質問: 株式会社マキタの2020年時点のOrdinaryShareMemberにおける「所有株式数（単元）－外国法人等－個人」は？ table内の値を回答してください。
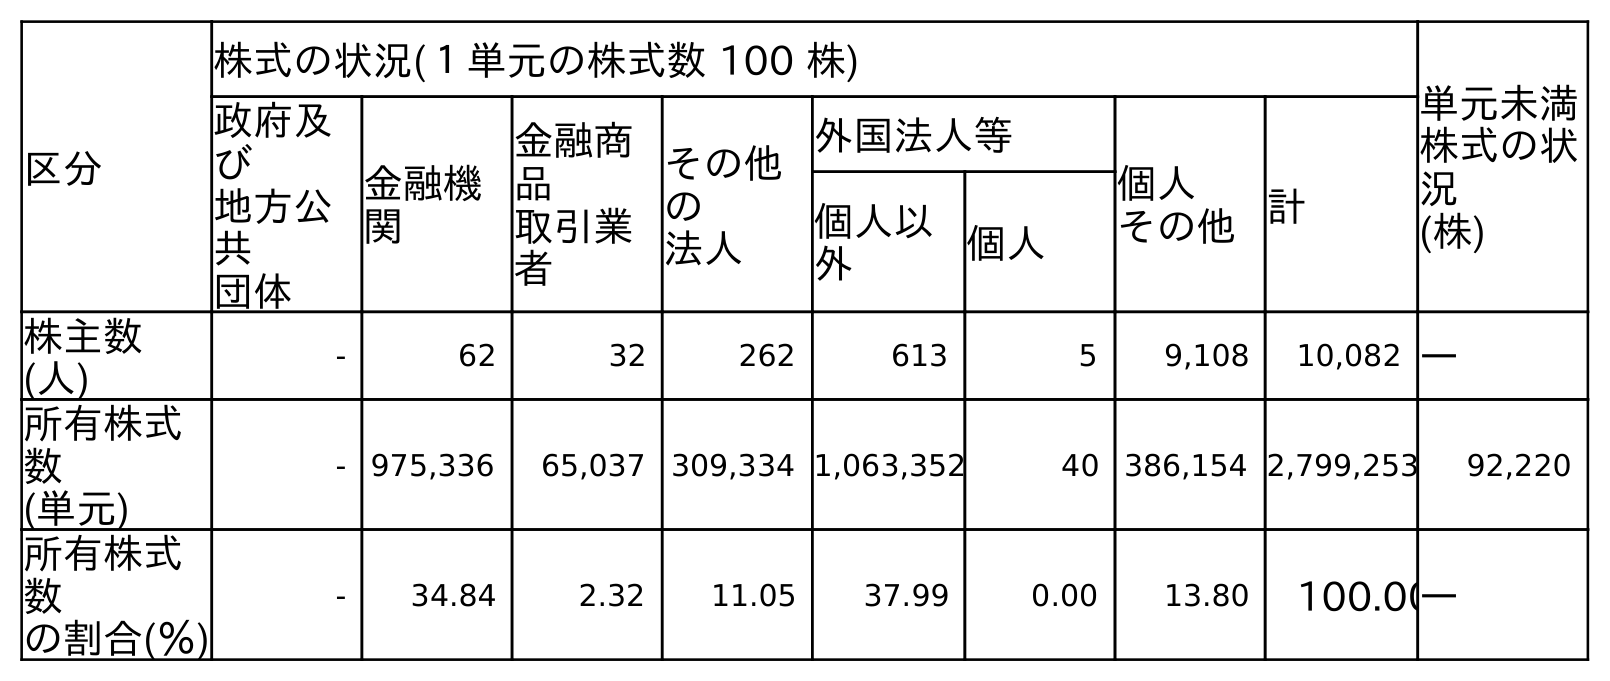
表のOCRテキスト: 区分 株式の状況(１単元の株式数 100 株) 単元未満 株式の状 況 (株) 政府及 び 地方公 共 団体 金融機 関 金融商 品 取引業 者 その他 の 法人 外国法人等 個人 その他計 個人以 外 個人 株主数 (人) - 62 32 262 613 5 9,108 10,082 ― 所有株式 数 (単元) - 975,336 65,037 309,334 1,063,352 40 386,154 2,799,253 92,220 所有株式 数 の割合(％) - 34.84 2.32 11.05 37.99 0.00 13.80 100.00―
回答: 40